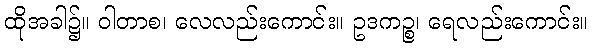
ထိုအခါ၌။ ဝါတာစ၊ လေလည်းကောင်း။ ဥဒကဉ္စ၊ ရေလည်းကောင်း။